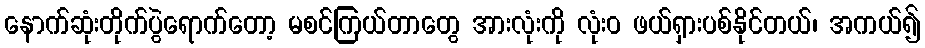
နောက်ဆုံးတိုက်ပွဲရောက်တော့ မစင်ကြယ်တာတွေ အားလုံးကို လုံးဝ ဖယ်ရှားပစ်နိုင်တယ်၊ အကယ်၍